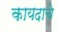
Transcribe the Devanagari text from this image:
कायदाचे